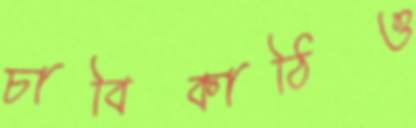
চাবিকাঠিও